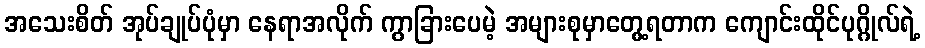
အသေးစိတ် အုပ်ချုပ်ပုံမှာ နေရာအလိုက် ကွာခြားပေမဲ့ အများစုမှာတွေ့ရတာက ကျောင်းထိုင်ပုဂ္ဂိုလ်ရဲ့